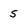
Character: 5